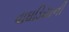
વાઘડિયાની